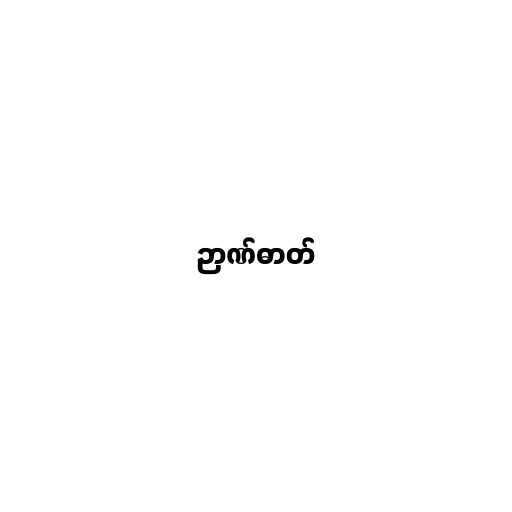
ဉာဏ်ဓာတ်